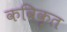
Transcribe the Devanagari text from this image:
कविकृत